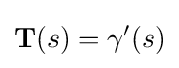
\mathbf {T} (s)=\gamma '(s)